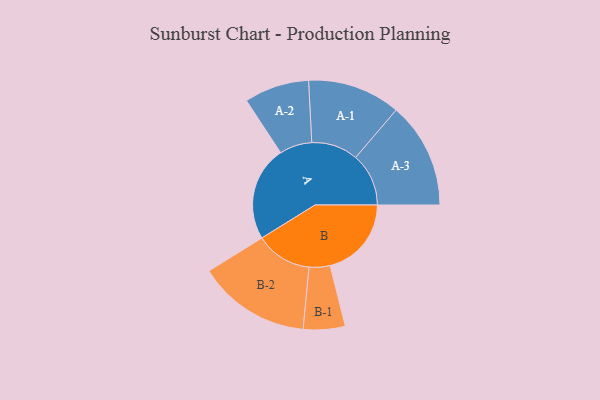
{"axis": {"x": "Segment", "y": "Value"}, "legend": ["", "A", "B"], "data": [{"x": "A", "y": 499, "type": ""}, {"x": "B", "y": 428, "type": ""}, {"x": "A-1", "y": 245, "type": "A"}, {"x": "A-2", "y": 171, "type": "A"}, {"x": "A-3", "y": 279, "type": "A"}, {"x": "B-1", "y": 110, "type": "B"}, {"x": "B-2", "y": 297, "type": "B"}]}